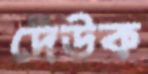
দেউক